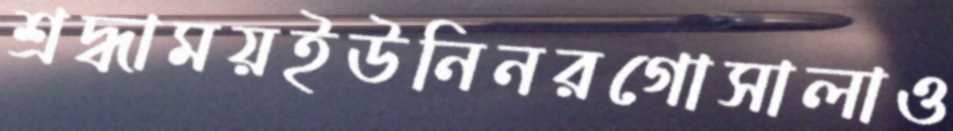
শ্রদ্ধাময়ইউনিনরগোসালাও